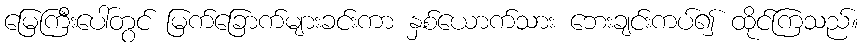
မြေကြီးပေါ်တွင် မြက်ခြောက်များခင်းကာ နှစ်ယောက်သား ဘေးချင်းကပ်၍ ထိုင်ကြသည်။